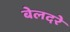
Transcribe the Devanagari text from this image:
बेलदरे